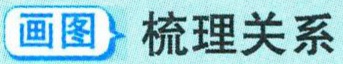
画图 梳理关系